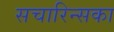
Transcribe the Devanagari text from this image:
सचारिन्सका